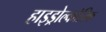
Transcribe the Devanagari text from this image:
हाइड्रोल्कोरिक